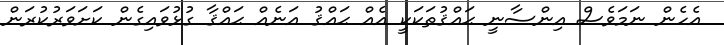
އެހެން ނަމަވެސް އިންސާނީ ޙައްޤުތަކަކީ އެއް ޙައްޤު އަނެއް ޙައްޤާ ގުޅުވައިގެން ކަށަވަރުކުރަން